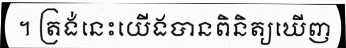
។ ត្រង់នេះយើងបានពិនិត្យឃើញ